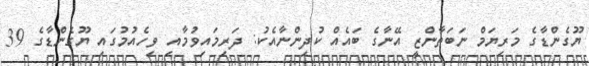
ޔޫގެންޑާގެ މަރިޔަމް ނަބަތާންޒީ އޭނާގެ ބައެއް ކުދިންނާއެކު: ދަރިމައިވުމާއި ވިހެއުމުގައި ޔޫގެންޑާގެ 39